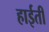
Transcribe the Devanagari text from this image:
हाईती